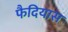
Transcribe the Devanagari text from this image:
फैदियास